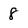
Character: 8